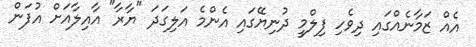
އެއް ޒަމާނެއްގައި ދިވެހި ފިލްމީ ދުނިޔޭގައި އެންމެ އަލިގަދަ "ޔާރާ" އާއިލާއަށް އުފަން